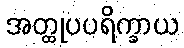
အတ္ထုပပရိက္ခာယ